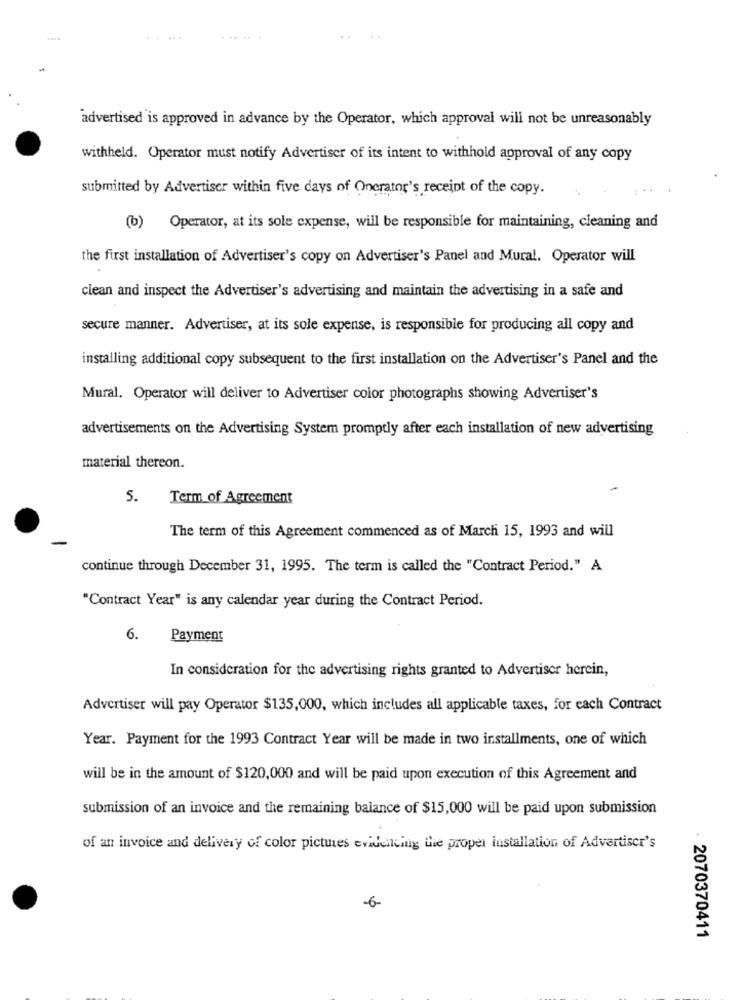
advertised is approved in advance by the Operator, which approval will not be unreasonably
withheld. Operator must notify Advertiser of its intent to withhold approval of any copy
submitted by Advertiser within five days of Onerator's receipt of the copy.
(b) Operator, at its sole expense, will be responsible for maintaining, cleaning and
the first installation of Advertiser's copy on Advertiser's Panel and Mural. Operator will
clean and inspect the Advertiser's advertising and maintain the advertising in a safe and
secure manner. Advertiser, at its sole expense, is responsible for producing all copy and
installing additional copy subsequent to the first installation on the Advertiser's Panel and the
Mural. Operator will deliver to Advertiser color photographs showing Advertiser's
advertisements on the Advertising System promptly after each installation of new advertising
material thereon.
5.
Term of Agreement
The term of this Agreement commenced as of March 15, 1993 and will
continue through December 31, 1995. The term is called the "Contract Period." A
"Contract Year" is any calendar year during the Contract Period.
6.
Payment
In consideration for the advertising rights granted to Advertiser herein,
Advertiser will pay Operator $135,000, which includes all applicable taxes, for each Contract
Year. Payment for the 1993 Contract Year will be made in two installments, one of which
will be in the amount of $120,000 and will be paid upon execution of this Agreement and
submission of an invoice and the remaining balance of $15,000 will be paid upon submission
of an invoice and delivery of color pictures evidencing the proper installation of Advertiser's
-6-
2070370411